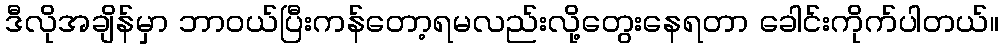
ဒီလိုအချိန်မှာ ဘာဝယ်ပြီးကန်တော့ရမလည်းလို့တွေးနေရတာ ခေါင်းကိုက်ပါတယ်။